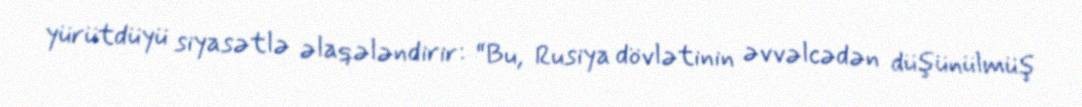
yürütdüyü siyasətlə əlaqələndirir: “Bu, Rusiya dövlətinin əvvəlcədən düşünülmüş